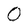
Character: O